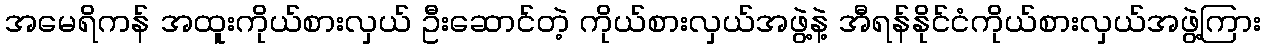
အမေရိကန် အထူးကိုယ်စားလှယ် ဦးဆောင်တဲ့ ကိုယ်စားလှယ်အဖွဲ့နဲ့ အီရန်နိုင်ငံကိုယ်စားလှယ်အဖွဲ့ကြား